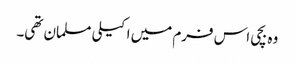
وہ بچی اس فرم میں اکیلی مسلمان تھی۔